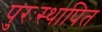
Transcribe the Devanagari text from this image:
पुरःस्थापित